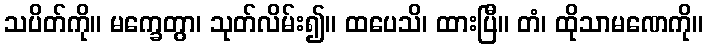
သပိတ်ကို။ မက္ခေတွာ၊ သုတ်လိမ်း၍။ ထပေသိ၊ ထားပြီ။ တံ၊ ထိုသာမဏေကို။